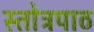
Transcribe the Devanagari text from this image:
स्तोत्रपाठ